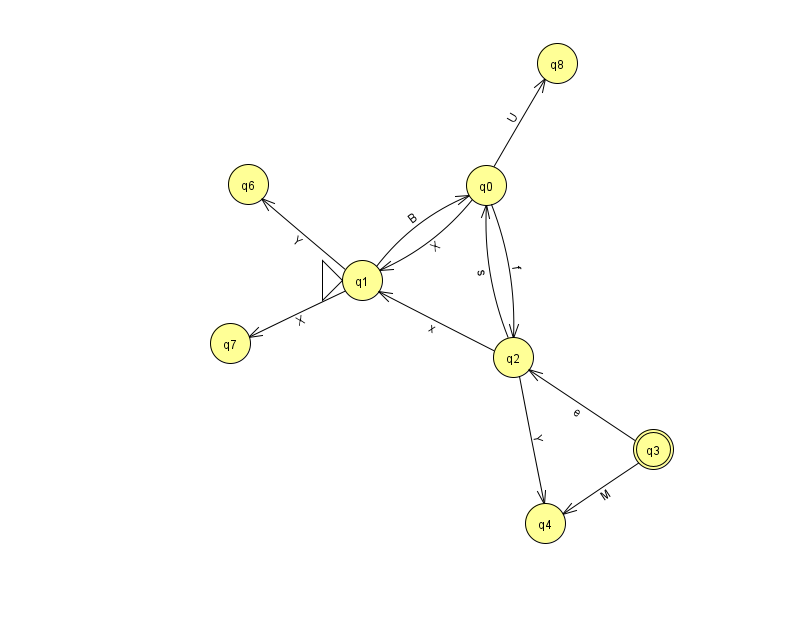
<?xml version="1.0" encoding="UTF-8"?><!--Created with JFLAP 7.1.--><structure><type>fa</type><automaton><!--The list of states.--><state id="0" name="q0"><x>486.0</x><y>172.0</y></state><state id="1" name="q1"><x>362.0</x><y>267.0</y><initial/></state><state id="2" name="q2"><x>513.0</x><y>344.0</y></state><state id="3" name="q3"><x>653.0</x><y>436.0</y><final/></state><state id="4" name="q4"><x>545.0</x><y>510.0</y></state><state id="6" name="q6"><x>248.0</x><y>171.0</y></state><state id="7" name="q7"><x>230.0</x><y>330.0</y></state><state id="8" name="q8"><x>557.0</x><y>50.0</y></state><!--The list of transitions.--><transition><from>2</from><to>0</to><read>s</read></transition><transition><from>2</from><to>4</to><read>Y</read></transition><transition><from>1</from><to>7</to><read>X</read></transition><transition><from>0</from><to>8</to><read>U</read></transition><transition><from>0</from><to>2</to><read>f</read></transition><transition><from>1</from><to>0</to><read>B</read></transition><transition><from>1</from><to>6</to><read>Y</read></transition><transition><from>0</from><to>1</to><read>X</read></transition><transition><from>3</from><to>2</to><read>e</read></transition><transition><from>3</from><to>4</to><read>M</read></transition><transition><from>2</from><to>1</to><read>x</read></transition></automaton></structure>